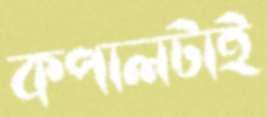
কপালটাই